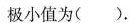
极小值为().